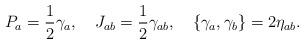
LaTeX: \begin{align*}P_a = {1 \over 2} \gamma_a, \ \ \ J_{ab} = {1 \over 2}\gamma_{ab}, \ \ \ \{\gamma_a,\gamma_b\} = 2\eta_{ab}.\end{align*}